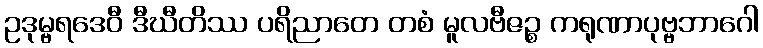
ဥဒုမ္ဗရဒေဝီ ဒီဃီတိဿ ပရိညာတေ တစံ မူလဗီဇဉ္စ ကရုဏာပုဗ္ဗဘာဂေါ